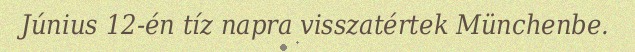
Június 12-én tíz napra visszatértek Münchenbe.